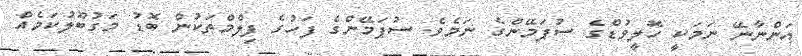
އަންނާނޭ ނަމަކީ ހޮލީވުޑްގެ ސުޕަމޭންގެ ނަމެވެ. ސުޕަމޭންގެ ފަހުގެ ފިލްމްތަކުން ބޮޑު މަގުބޫލުކަމެއް